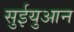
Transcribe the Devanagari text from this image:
सुईयुआन